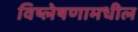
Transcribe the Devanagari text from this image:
विष्लेषणामधील